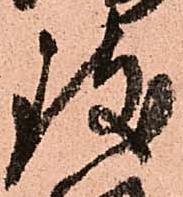
致